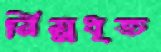
নিম্নধৃত